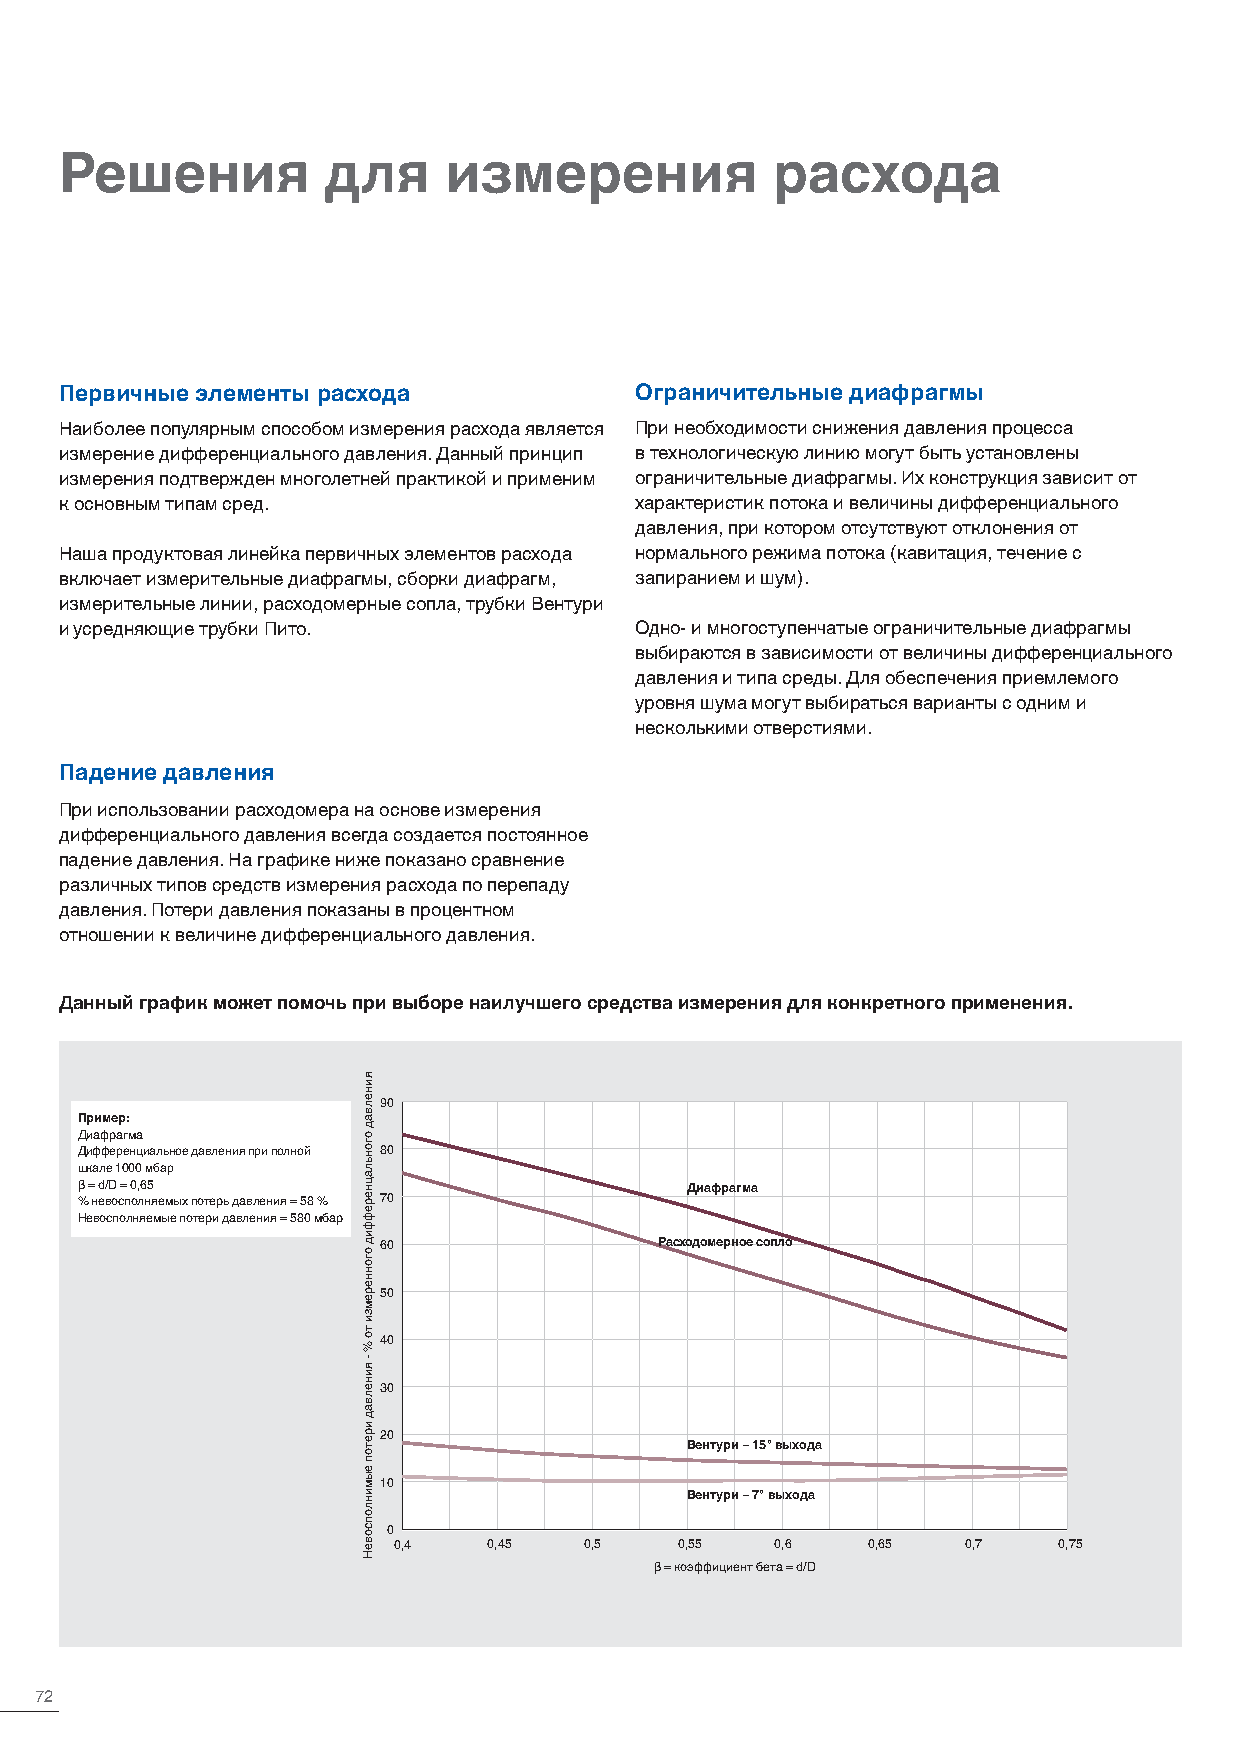
Решения          для     измерения             расхода
 Первичные элементы расхода            Ограничительные диафрагмы
 Наиболее популярным способом измерения расхода является При необходимости снижения давления процесса
 измерение дифференциального давления. Данный принцип в технологическую линию могут быть установлены
 измерения подтвержден многолетней практикой и применим ограничительные диафрагмы. Их конструкция зависит от
 к основным типам сред.                характеристик потока и величины дифференциального
 давления, при котором отсутствуют отклонения от
 Наша продуктовая линейка первичных элементов расхода нормального режима потока (кавитация, течение с
 включает измерительные диафрагмы, сборки диафрагм, запиранием и шум).
 измерительные линии, расходомерные сопла, трубки Вентури
 и усредняющие трубки Пито.            Одно- и многоступенчатые ограничительные диафрагмы
 выбираются в зависимости от величины дифференциального
 давления и типа среды. Для обеспечения приемлемого
 уровня шума могут выбираться варианты с одним и
 несколькими отверстиями.
 Падение давления
 При использовании расходомера на основе измерения
 дифференциального давления всегда создается постоянное
 падение давления. На графике ниже показано сравнение
 различных типов средств измерения расхода по перепаду
 давления. Потери давления показаны в процентном
 отношении к величине дифференциального давления.
 Данный график может помочь при выборе наилучшего средства измерения для конкретного применения.
 90
 Пример:
 Диафрагма
 Дифференциальное давления при полной 80
 шкале 1000 мбар
 β = d/D = 0,65                          Диафрагма
 % невосполняемых потерь давления = 58 % 70
 Невосполняемые потери давления = 580 мбар
 60                 Расходомерное сопло
 50
 40
 30
 20
 Вентури – 15° выхода
 10
 Вентури – 7° выхода
 0
 0,4   0,45   0,5   0,55  0,6   0,65   0,7   0,75
 β = коэффициент бета = d/D
 72
 яинелвад
 огоньлацнереффид
 огоннеремзи
 то
 %
 -
 яинелвад
 иретоп
 еыминлопсовеН